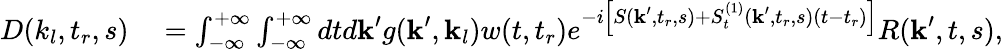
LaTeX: \begin{array}{rl}{D(k_{l},t_{r},s)}&{{}=\int_{-\infty}^{+\infty}\int_{-\infty}^{+\infty}dtd\textbf{k}^{\prime}g(\textbf{k}^{\prime},\textbf{k}_{l})w(t,t_{r})e^{-i\left[S(\textbf{k}^{\prime},t_{r},s)+S_{t}^{(1)}(\textbf{k}^{\prime},t_{r},s)(t-t_{r})\right]}R(\textbf{k}^{\prime},t,s),}\end{array}